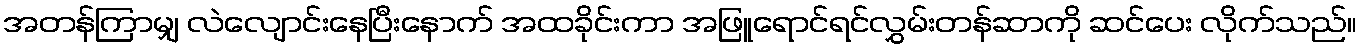
အတန်ကြာမျှ လဲလျောင်းနေပြီးနောက် အထခိုင်းကာ အဖြူရောင်ရင်လွှမ်းတန်ဆာကို ဆင်ပေး လိုက်သည်။